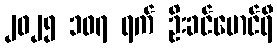
၂၀၂၅ ၁၀၇ ရက် ဦးခင်မောင်ရီ